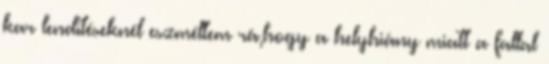
kar lendítéseknél eszméltem rá,hogy a helyhiány miatt a fallal